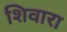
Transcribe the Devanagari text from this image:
शिवारा